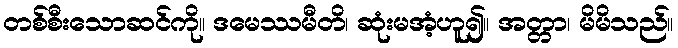
တစ်စီးသောဆင်ကို။ ဒမေဿမီတိ၊ ဆုံးမအံ့ဟူ၍။ အတ္တာ၊ မိမိသည်။